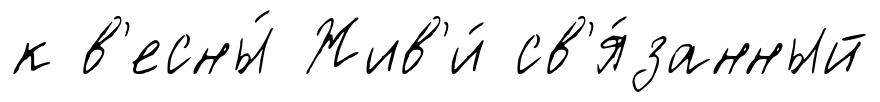
к в'есны́ Жив'и́ св'я́занный